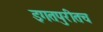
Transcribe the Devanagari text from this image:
इगतपुरीतच